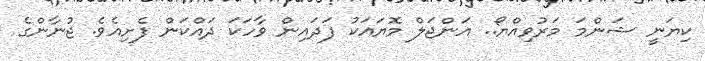
ކިޔަނީ ޝަންމަ މަރުވިއްޔޯ.. އަންޖަލް މޮޔައަކު ފަދައިން ވާހަކަ ދައްކަން ފެށިއެވެ. ޖުނާންގެ